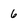
Character: 6